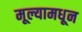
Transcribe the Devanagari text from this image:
मूल्यामधून